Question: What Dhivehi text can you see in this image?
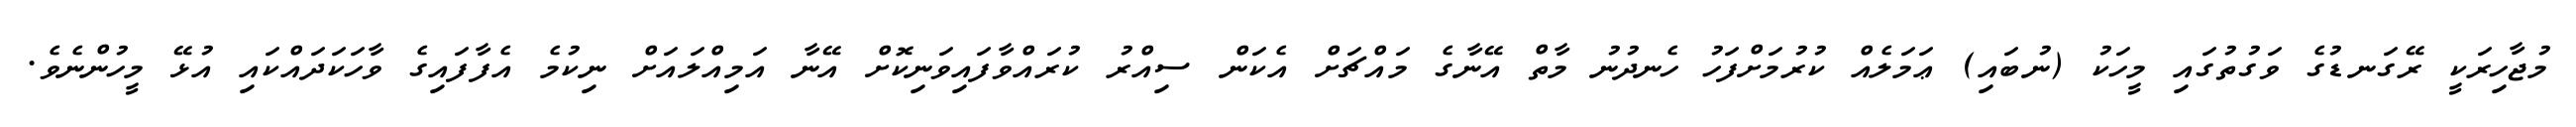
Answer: މުޖާހިރަކީ ރޭގަނޑުގެ ވަގުތުގައި މީހަކު (ނުބައި) ޢަމަލެއް ކުރުމަށްފަހު ހެނދުނު މާތް އޭނާގެ މައްޗަށް އެކަން ސިއްރު ކުރައްވާފައިވަނިކޮށް އޭނާ އަމިއްލައަށް ނިކުމެ އެފާފައިގެ ވާހަކަދައްކައި އުޅޭ މީހުންނެވެ.